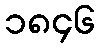
၁၈၄၆